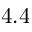
4 . 4